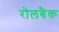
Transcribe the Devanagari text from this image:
रोलबैक